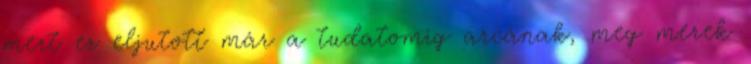
mert ez eljutott már a tudatomig arcának, meg merek